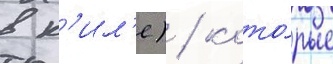
в к'ил'е) / кото́рые